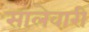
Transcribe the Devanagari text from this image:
सालेवारी